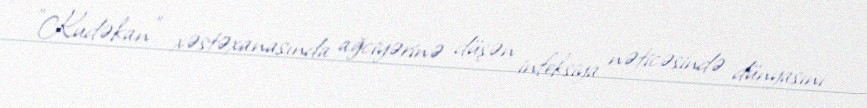
"Kudəkan" xəstəxanasında ağciyərinə düşən infeksiya nəticəsində dünyasını